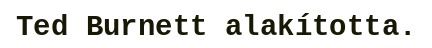
Ted Burnett alakította.